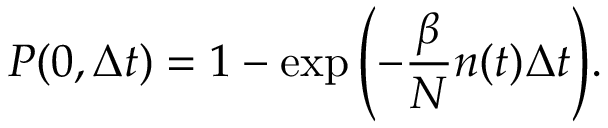
P ( 0 , \Delta t ) = 1 - \exp { \left( - \frac { \beta } { N } n ( t ) \Delta t \right) } .